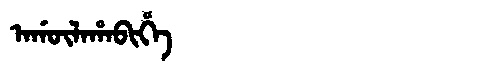
Manchu: ᠠᡤᡡᠯᠠᡥᠠᠪᡳᡥᡝ
Romanization: AGŪLAHABIHE